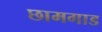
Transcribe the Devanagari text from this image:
छामगाड